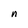
Character: n